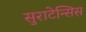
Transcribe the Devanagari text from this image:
सुराटेन्सिस